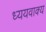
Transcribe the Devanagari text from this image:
ध्ययवाक्य